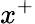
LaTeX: x^{+}